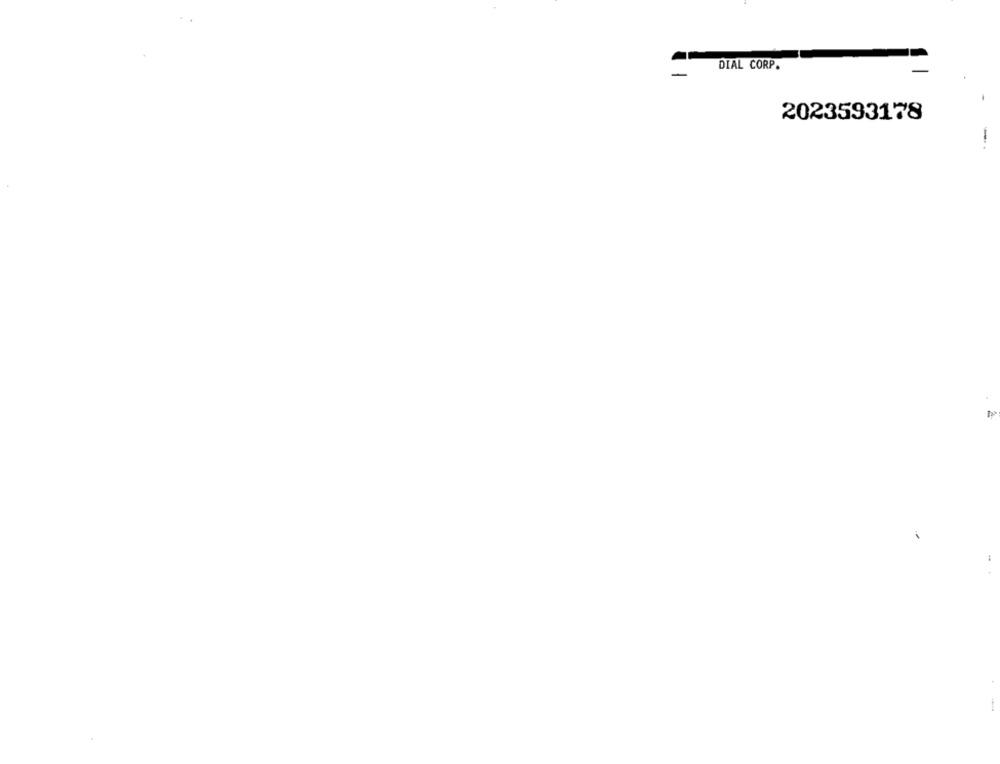
DIAL CORP.
-
2023593178